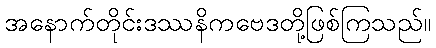
အနောက်တိုင်းဒဿနိကဗေဒတို့ဖြစ်ကြသည်။